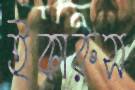
ইকারুস